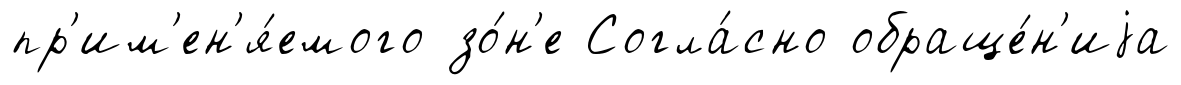
пр'им'ен'я́емого зо́н'е Согла́сно обраще́н'иjа